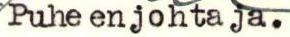
Puheenjohtaja.